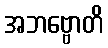
အဘဗ္ဗောတိ